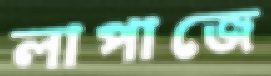
লাপাজে